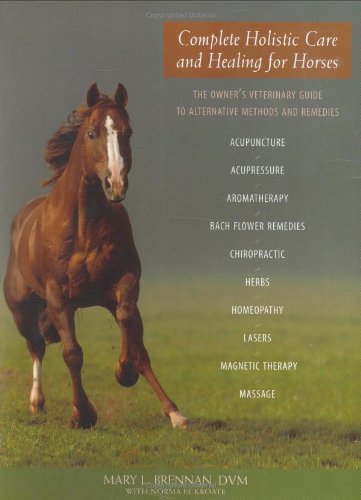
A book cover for Complete Holistic Care and Healing for Horses: The Owner's Veterinary Guide to Alternative Methods and Remedies; Mary L. Brennan; Medical Books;